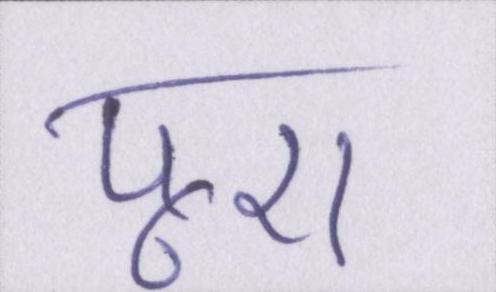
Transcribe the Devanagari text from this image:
पूरा